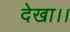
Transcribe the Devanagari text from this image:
देखा।।